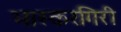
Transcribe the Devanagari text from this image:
भास्करगिरी